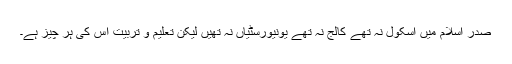
صدر اسلام میں اسکول نہ تھے کالج نہ تھے یونیورسٹیاں نہ تھیں لیکن تعلیم و تربیت اس کی ہر چیز ہے۔